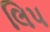
લિપ